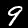
Label: 9